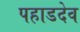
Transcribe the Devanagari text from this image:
पहाडदेव